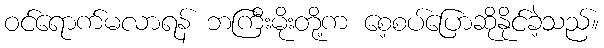
ဝင်ရောက်မလာရန် ဘကြီးမိုးတို့က စေ့စပ်ပြောဆိုနိုင်ခဲ့သည်။